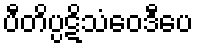
ပီတိပ္ပဋိသံဝေဒီပေ